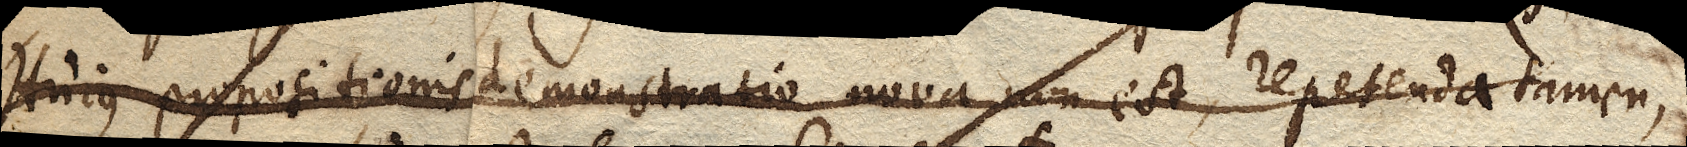
Hujus propositionis demonstratio nova non est, repetenda tamen,